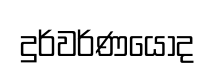
දුර්වර්ණයෝද